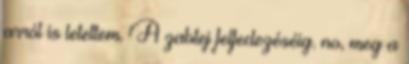
arról is letettem. A zabtej felfedezéséig. no, meg a